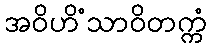
အဝိဟိံသာဝိတက္ကံ